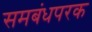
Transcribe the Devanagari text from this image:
समबंधपरक